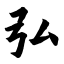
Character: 弘